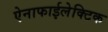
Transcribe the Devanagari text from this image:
ऐनाफाईलेक्टिक